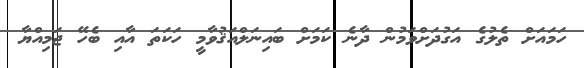
ހަމައަށް ތެލުގެ އަގުދަށްވަމުން ދާނެ ކަމަށް ބައިނަލްއަޤުވާމީ ހަކަތަ އާއި ބެހޭ ޖަމިއްޔާ